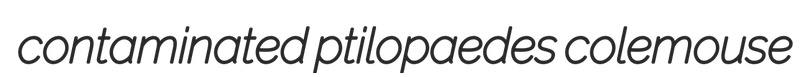
contaminated ptilopaedes colemouse